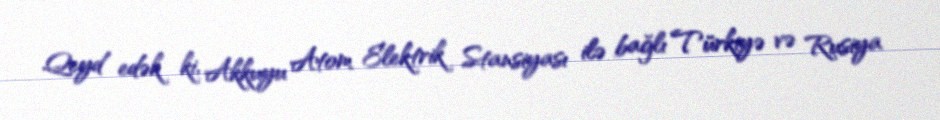
Qeyd edək ki, Akkuyu Atom Elektrik Stansiyası ilə bağlı Türkiyə və Rusiya